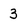
Character: 3